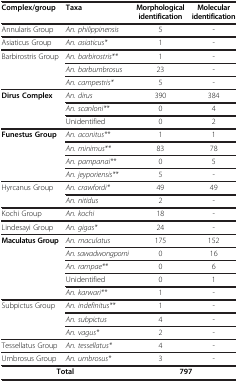
<table><thead><tr><td><b>Complex/group</b></td><td><b>Taxa</b></td><td><b>Morphological identification</b></td><td><b>Molecular identification</b></td></tr></thead><tbody><tr><td>Annularis Group</td><td><i>An. philippinensis</i></td><td>5</td><td>-</td></tr><tr><td>Asiaticus Group</td><td><i>An. asiaticus*</i></td><td>1</td><td>-</td></tr><tr><td rowspan="3">Barbirostris Group</td><td><i>An. barbirostris**</i></td><td>1</td><td>-</td></tr><tr><td><i>An. barbumbrosus</i></td><td>23</td><td>-</td></tr><tr><td><i>An. campestris*</i></td><td>5</td><td>-</td></tr><tr><td rowspan="3"><b>Dirus Complex</b></td><td><i>An. dirus</i></td><td>390</td><td>384</td></tr><tr><td><i>An. scanloni**</i></td><td>0</td><td>4</td></tr><tr><td>Unidentified</td><td>0</td><td>2</td></tr><tr><td rowspan="4"><b>Funestus Group</b></td><td><i>An. aconitus**</i></td><td>1</td><td>1</td></tr><tr><td><i>An. minimus**</i></td><td>83</td><td>78</td></tr><tr><td><i>An. pampanai**</i></td><td>0</td><td>5</td></tr><tr><td><i>An. jeyporiensis**</i></td><td>5</td><td>-</td></tr><tr><td rowspan="2">Hyrcanus Group</td><td><i>An. crawfordi*</i></td><td>49</td><td>49</td></tr><tr><td><i>An. nitidus</i></td><td>2</td><td>-</td></tr><tr><td>Kochi Group</td><td><i>An. kochi</i></td><td>18</td><td>-</td></tr><tr><td>Lindesayi Group</td><td><i>An. gigas*</i></td><td>24</td><td>-</td></tr><tr><td rowspan="5"><b>Maculatus Group</b></td><td><i>An. maculatus</i></td><td>175</td><td>152</td></tr><tr><td><i>An. sawadwongporni</i></td><td>0</td><td>16</td></tr><tr><td><i>An. rampae**</i></td><td>0</td><td>6</td></tr><tr><td>Unidentified</td><td>0</td><td>1</td></tr><tr><td><i>An. karwari**</i></td><td>1</td><td>-</td></tr><tr><td rowspan="3">Subpictus Group</td><td><i>An. indefinitus**</i></td><td>1</td><td>-</td></tr><tr><td><i>An. subpictus</i></td><td>4</td><td>-</td></tr><tr><td><i>An. vagus*</i></td><td>2</td><td>-</td></tr><tr><td>Tessellatus Group</td><td><i>An. tessellatus*</i></td><td>4</td><td>-</td></tr><tr><td>Umbrosus Group</td><td><i>An. umbrosus*</i></td><td>3</td><td>-</td></tr><tr><td colspan="2"><b>Total</b></td><td colspan="2"><b>797</b></td></tr></tbody></table>